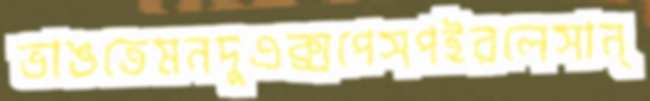
ভাঙতেমনদুএক্সপেসপইরলেসান্